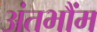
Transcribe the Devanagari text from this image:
अंतभौंम